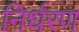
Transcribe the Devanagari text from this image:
निर्धरण